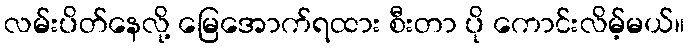
လမ်းပိတ်နေလို့ မြေအောက်ရထား စီးတာ ပို ကောင်းလိမ့်မယ်။